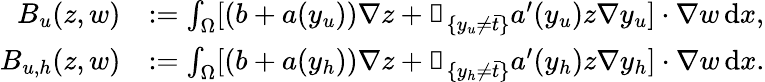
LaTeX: \begin{array}{rl}{B_{u}(z,w)}&{:=\int_{\Omega}[(b+a(y_{u}))\nabla z+\mathbb{1}_{\{ y_{u}\neq\bar{t}\} }a^{\prime}(y_{u})z\nabla y_{u}]\cdot\nabla w\, \mathrm{d}x,}\\ {B_{u,h}(z,w)}&{:=\int_{\Omega}[(b+a(y_{h}))\nabla z+\mathbb{1}_{\{ y_{h}\neq\bar{t}\} }a^{\prime}(y_{h})z\nabla y_{h}]\cdot\nabla w\, \mathrm{d}x.}\end{array}